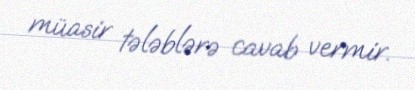
müasir tələblərə cavab vermir.